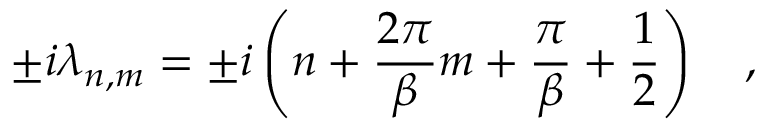
\pm i \lambda _ { n , m } = \pm i \left( n + { \frac { 2 \pi } { \beta } } m + { \frac { \pi } { \beta } } + { \frac { 1 } { 2 } } \right) ~ ~ ~ ,